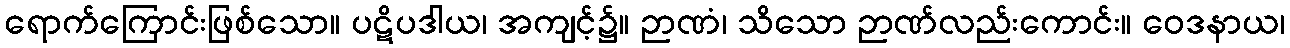
ရောက်ကြောင်းဖြစ်သော။ ပဋိပဒါယ၊ အကျင့်၌။ ဉာဏံ၊ သိသော ဉာဏ်လည်းကောင်း။ ဝေဒနာယ၊